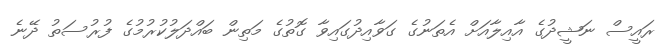
ރައީސް ނަޝީދުގެ އާއިލާއަށް އެތަނުގެ ގަވާއިދުގައިވާ ގޮތުގެ މަތިން ބައްދަލުކުރުމުގެ ފުރުސަތު ދޭނެ